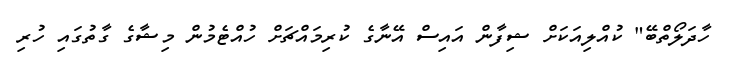
ހާދަލޯތްބޭ" ކުއްލިއަކަށް ޝިފާން އައިސް އޭނާގެ ކުރިމައްޗަށް ހުއްޓެމުން މިޝާގެ ގާތުގައި ހުރި